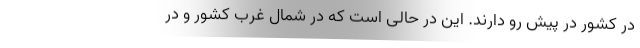
در کشور در پیش رو دارند. این در حالی است که در شمال غرب کشور و در